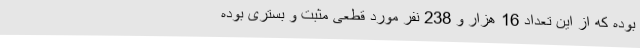
بوده که از این تعداد 16 هزار و 238 نفر مورد قطعی مثبت و بستری بوده